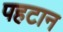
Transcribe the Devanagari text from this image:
पहटान